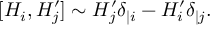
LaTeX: [ H _ { i } , H _ { j } ^ { \prime } ] \sim H _ { j } ^ { \prime } \delta _ { | i } - H _ { i } ^ { \prime } \delta _ { | j } .